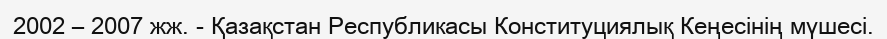
2002 – 2007 жж. - Қазақстан Республикасы Конституциялық Кеңесінің мүшесі.